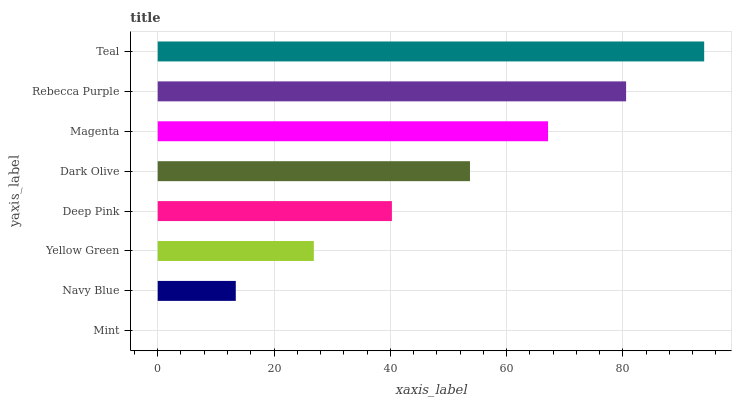
| yaxis_label | bars |
 | --- | --- |
 | Mint | 0 |
 | Navy Blue | 13.4 |
 | Yellow Green | 26.9 |
 | Deep Pink | 40.3 |
 | Dark Olive | 53.7 |
 | Magenta | 67.1 |
 | Rebecca Purple | 80.6 |
 | Teal | 94 |